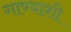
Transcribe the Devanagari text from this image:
गाण्याशी